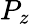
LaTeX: P_{z}